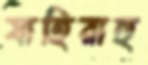
যাহিরাহু